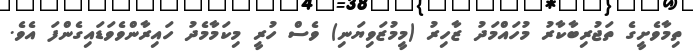
ތިމާވެށީގެ ތަޖުރިބާކާރު މުހައްމަދު ޒާހިރު (މީމުޒަވިޔަނި) ވެސް ހުރީ މިކަމާމެދު ހައިރާންވެވަޑައިގެންފަ އެވެ.